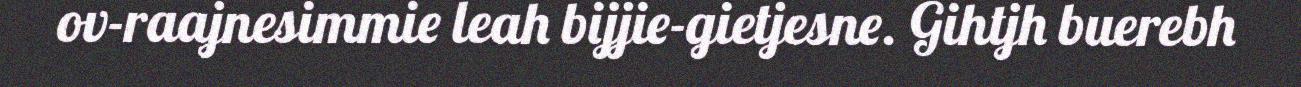
ov-raajnesimmie leah bijjie-gietjesne. Gihtjh buerebh